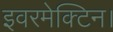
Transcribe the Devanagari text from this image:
इवरमेक्टिन।